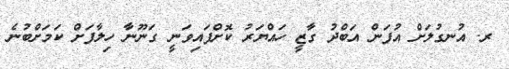
ރ. އުނގުލަށް އުފަން އަބްދު ގާޒީ ހައްޔަރު ކޮށްފައިވަނީ ގަނޫނާ ހިލާފަށް ކަމަށްބުނެ